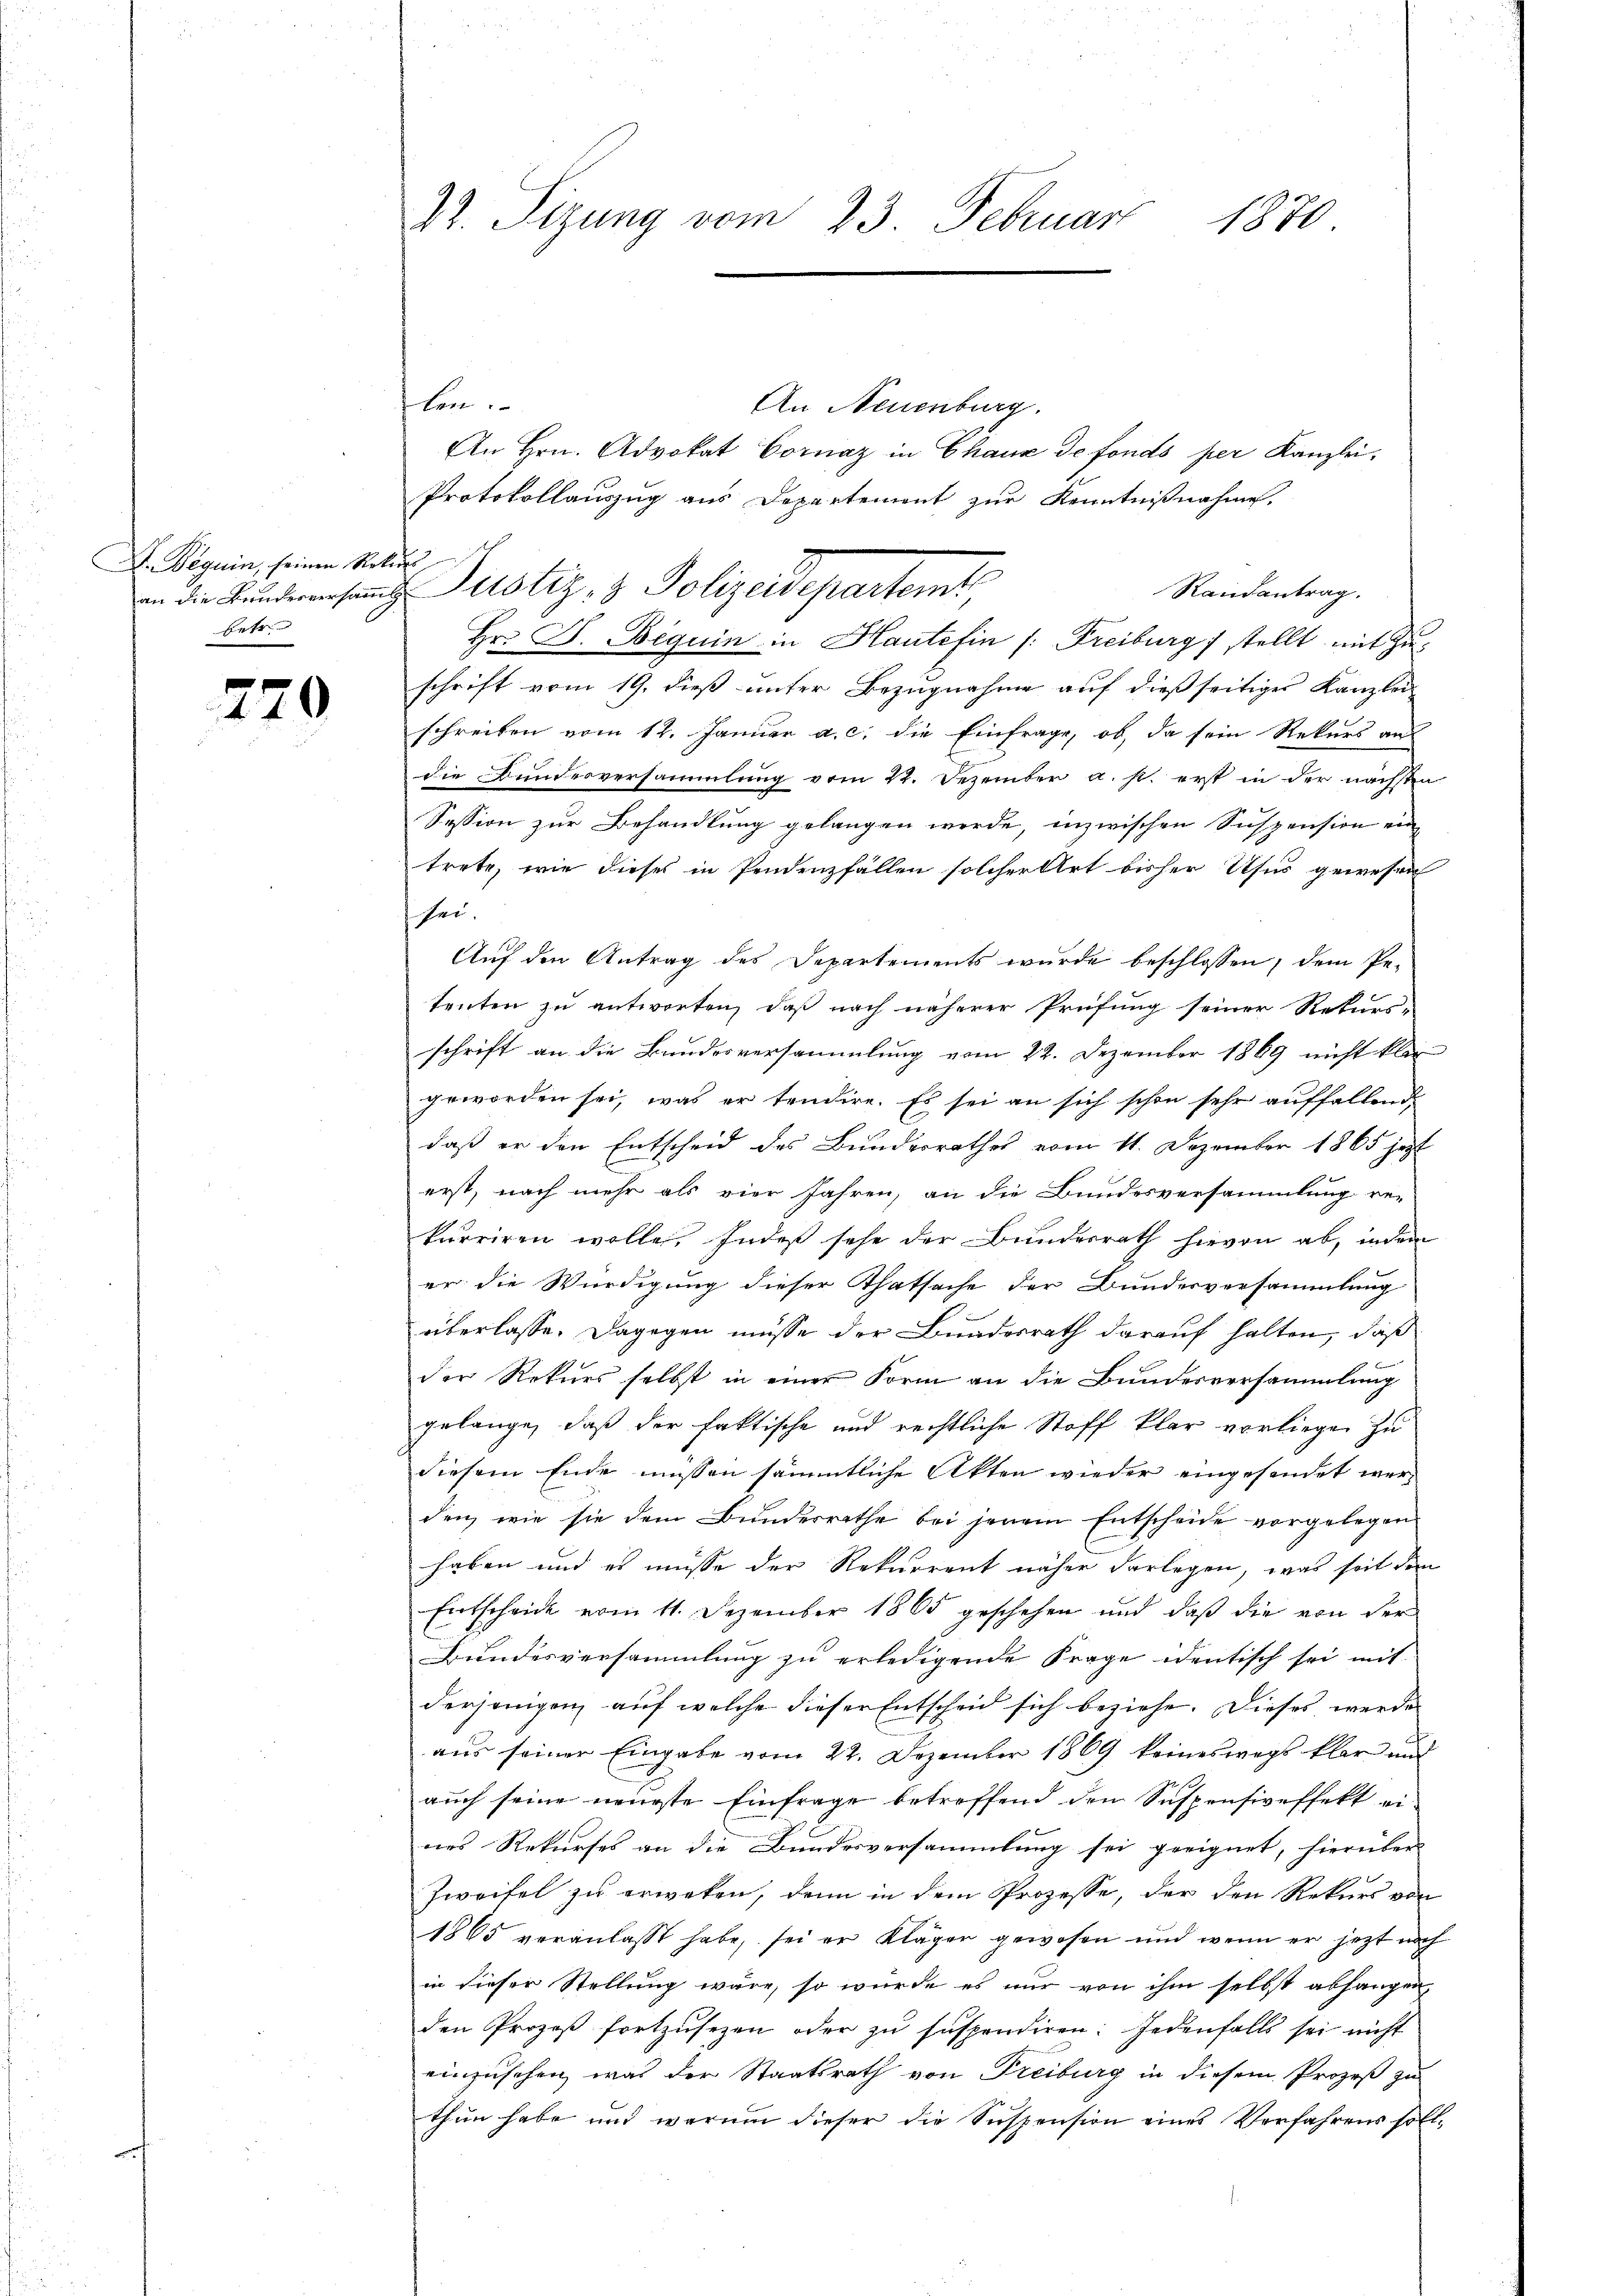
D. Beguin, seinen Rekur
betr.

270

len.
An Neuenburg.
An Hrn. Advokat Cornaz in Chaux de fonds per Kanzlei,
Protokollauszug aus Departement zur Kenntniβnahme.
Randantrag.
Hr. J. Beguin in Haute fin /: Freiburg stellt mit Zuschrift vom 19. dieß unter Bezugnahme auf dießseitiges Kanzlei
schreiben vom 12. Januar a. c. die Einfrage, ob, da sein Rekurs aus
die Bunderversammlung vom 12. Dezember a. p. erst in der nächsten
Session zur Behandlung gelangen werde, inzwischen Suspension ein
trete, wie dieses in Pendenzfällen solcher Art bisher Usus gewesen
sei.
Aŭf den Antrag des Departements wurde beschlossen, dem Pe-
tenten zu antworten, daß nach näherer Prüfung seiner Rekurs-
schrift an die Bundesversammlung vom 22. Dezember 1869 nicht klar
geworden sei, was er tendire. Es sei an sich schon sehr auffallend,
daß er den Entscheid des Bundesrathes vom 11. Dezember 1865 jetzt
erst, nach mehr als vier Jahren, an die Bundesversammlung re-
kurriren wolle, Indeß sehe der Bundesrath hievon ab, indem
er die Würdigung dieser Thatsache der Bundesversammlung
überlasse. Dagegen müsse der Bundesrath darauf halten, daß
der Rekurs selbst in einer Form an die Bundesversammlung
gelange, daß der faktische und rechtliche Stoff klar vorliegen zu
diesem Ende müssen sämmtliche Akten wieder eingesendet werden, wie sie dem Bundesrathe bei jenem Entscheide vorgelegen
haben und es müsse der Rekurrent näher darlegen, was seit dem
Entscheide vom 11. Dezember 1865 geschehen und daß die von der
Bundesversammlung zu erledigende Frage identisch sei mit
derjenigen, auf welche dieser Entscheid sich beziehe. Dieses werde
aus seiner Eingabe vom 22. Dezember 1869 keineswegs klar und
auch seine neueste Einfrage betreffend den Suspensiveffekt eines Rekurses an die Bundesversammlung sei geeignet, hierüber
Zweifel zu erweken, denn in dem Prozesse, der den Rekurs von
1865 veranlasst habe, sei er Kläger gewesen und wenn er jetzt noch
in dieser Stellung wäre, so wurde es nur von ihm selbst abhangen,
den Prozeβ fortzŭsezen oder zŭ suspendiren: Jedenfalls sei nicht
einzusehen, was der Staatsrath von Freiburg in diesem Prozeß zu
thun habe und warum dieser die Suspension eines Verfahrens soll¬

22. Sizung vom 23. Februar
1870

in der Kunderensang- Pustiz- & Polizeidepartemt